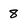
Character: 8